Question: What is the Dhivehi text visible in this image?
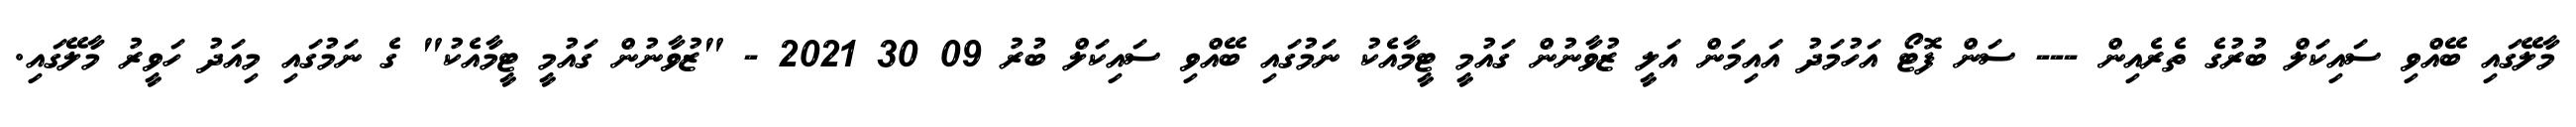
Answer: މާލޭގައި ބޭއްވި ސައިކަލް ބުރުގެ ތެރެއިން --- ސަން ފޮޓޯ އަހުމަދު އައިމަން އަލީ ޒުވާނުން ގައުމީ ޓީމާއެކު ނަމުގައި ބޭއްވި ސައިކަލް ބުރު 09 30 2021 - "ޒުވާނުން ގައުމީ ޓީމާއެކު" ގެ ނަމުގައި މިއަދު ހަވީރު މާލޭގައި.